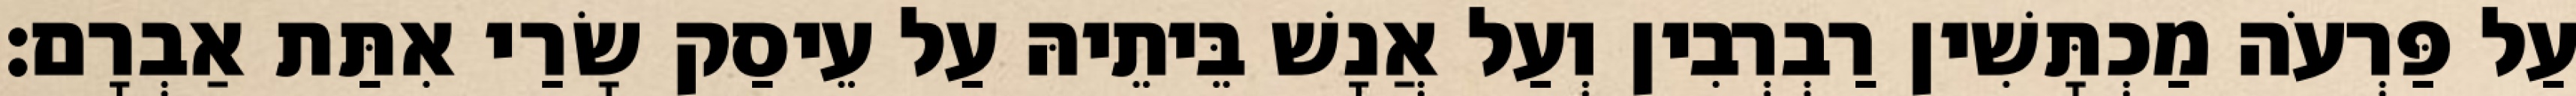
עַל פַּרְעֹה מַכְתָּשִׁין רַבְרְבִין וְעַל אֲנָשׁ בֵּיתֵיהּ עַל עֵיסַק שָׂרַי אִתַּת אַבְרָם׃